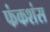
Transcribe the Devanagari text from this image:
फंकशंस